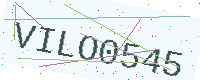
Text: VILO0545